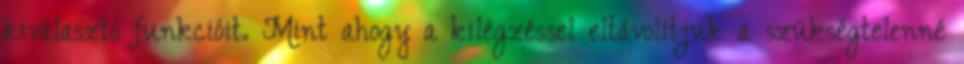
kiválasztó funkcióit. Mint ahogy a kilégzéssel eltávolítjuk a szükségtelenné